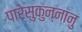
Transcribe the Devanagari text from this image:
पारेसुकुन्नानु